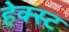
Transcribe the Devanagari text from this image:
हेक्स्ट